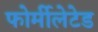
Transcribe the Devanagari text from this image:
फोर्मीलेटेड